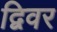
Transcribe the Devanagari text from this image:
द्विवर